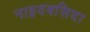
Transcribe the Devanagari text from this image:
नाइदबसिदा